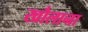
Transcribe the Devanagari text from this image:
खौलाना